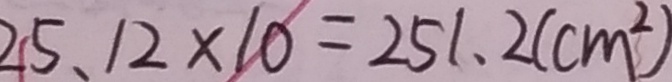
2 5 . 1 2 \times 1 0 = 2 5 1 . 2 ( c m ^ { 2 } )